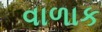
વાળાક